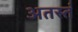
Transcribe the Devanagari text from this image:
अतस्तं